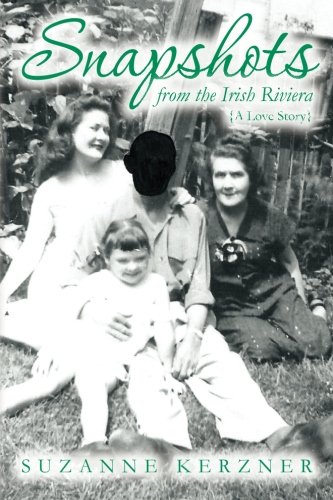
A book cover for Snapshots from the Irish Riviera: A Love Story; Suzanne Kerzner; Biographies & Memoirs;